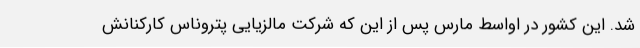
شد. این کشور در اواسط مارس پس از این که شرکت مالزیایی پتروناس کارکنانش